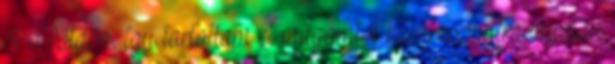
őt a földön, így tartottam el magamtól karhossznyira, mialatt